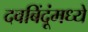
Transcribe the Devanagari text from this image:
दवबिंदूंमध्ये